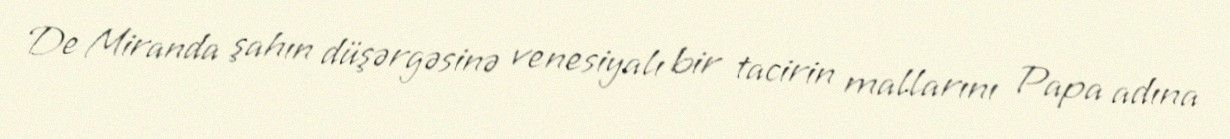
De Miranda şahın düşərgəsinə venesiyalı bir tacirin mallarını Papa adına